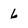
Character: 6